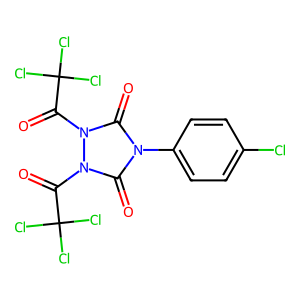
SMILES: O=C(n1c(=O)n(-c2ccc(Cl)cc2)c(=O)n1C(=O)C(Cl)(Cl)Cl)C(Cl)(Cl)Cl
Inhibits HIV replication: No